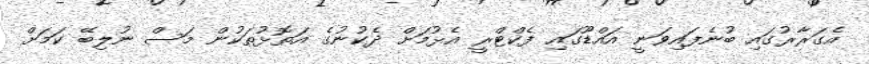
އެގަރާރުގައި ބުނެފައިވަނީ އައްޑޫގައި ފެކްޓްރީ އެޅުމަށް ދެކުނުގެ އަތޮޅުތަކުން މަސް ނުލިބޭ ކަމަށް